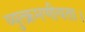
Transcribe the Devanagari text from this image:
व्युत्क्रमणीयता।